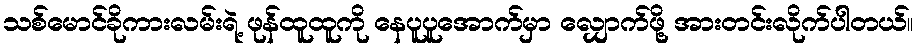
သစ်မောင်ခိုကားလမ်းရဲ့ ဖုန်ထူထူကို နေပူပူအောက်မှာ လျှောက်ဖို့ အားတင်းလိုက်ပါတယ်။